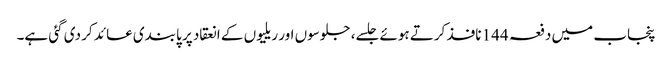
پنجاب میں دفعہ 144 نافذ کرتے ہوئے جلسے، جلوسوں اور ریلیوں کے انعقاد پر پابندی عائد کر دی گئی ہے۔